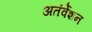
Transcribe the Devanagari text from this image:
अतंर्वेशन